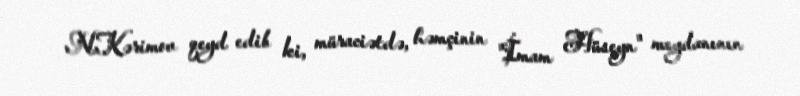
N.Kərimov qeyd edib ki, müraciətdə, həmçinin "İmam Hüseyn" meydanının